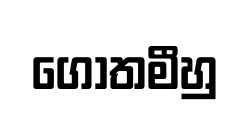
ගෝතමීහු